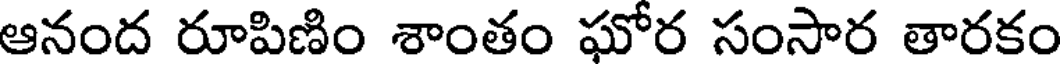
ఆనంద రూపిణిం శాంతం ఘోర సంసార తారకం